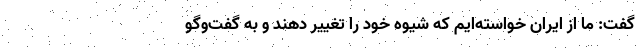
گفت: ما از ایران خواسته‌ایم که شیوه خود را تغییر دهند و به گفت‌وگو